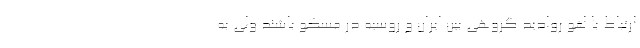
ارتباط با لغو روادید گروهی بین ایران و روسیه در مسکو باشند ولی به